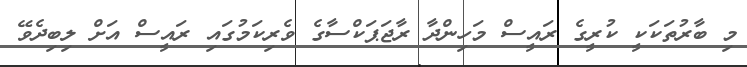
މި ބާރުތަކަކީ ކުރީގެ ރައީސް މަހިންދާ ރާޖަޕަކްސާގެ ވެރިކަމުގައި ރައީސް އަށް ލިބިދެވޭ